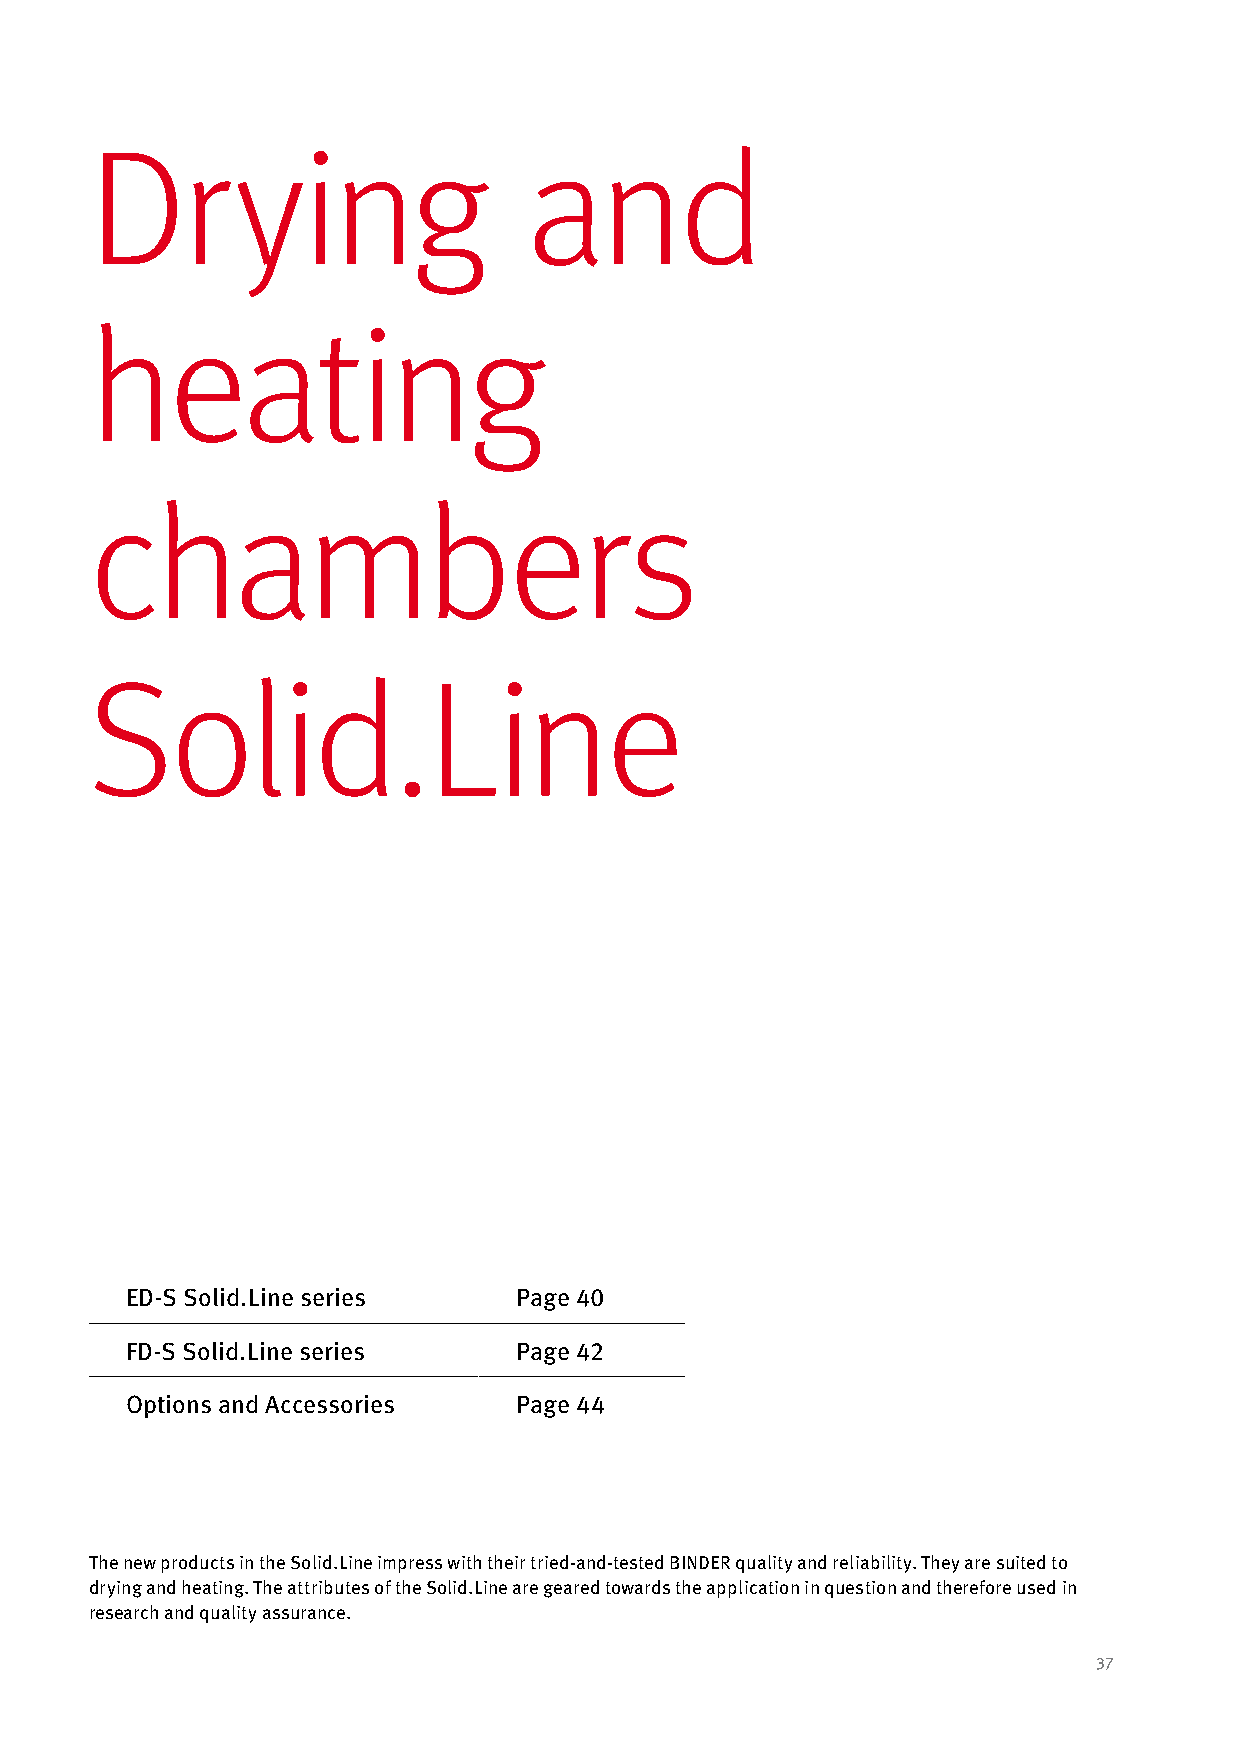
Drying                       and
 heating
 chambers
 Solid.Line
 ED-S Solid.Line series    Page 40
 FD-S Solid.Line series    Page 42
 Options and Accessories   Page 44
 The new products in the Solid.Line impress with their tried-and-tested BINDER quality and reliability. They are suited to
 drying and heating. The attributes of the Solid.Line are geared towards the application in question and therefore used in
 research and quality assurance.
 37